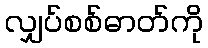
လျှပ်စစ်ဓာတ်ကို